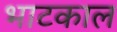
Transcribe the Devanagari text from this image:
भाटकाल